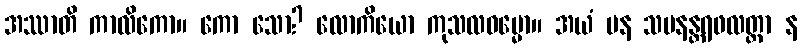
အဿာတိ ကာလိကော။ ကော သော? လောကိယော ကုသလဓမ္မော။ အယံ ပန သမနန္တရဖလတ္တာ န